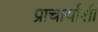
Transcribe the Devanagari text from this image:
प्राचार्याशी